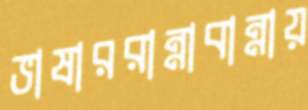
ভাষাররান্নাবান্নায়